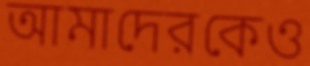
আমাদেরকেও